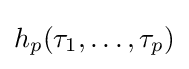
h_{p}(\tau _{1},\dots ,\tau _{p})